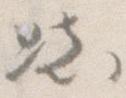
き